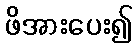
ဖိအားပေး၍